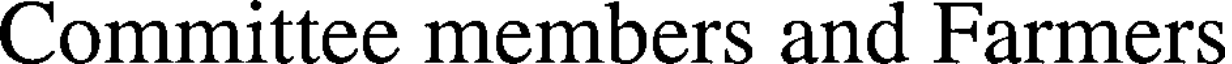
Committee members and Farmers